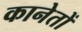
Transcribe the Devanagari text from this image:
कानेतों